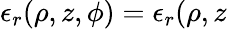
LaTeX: \epsilon_{r}(\rho,z,\phi)=\epsilon_{r}(\rho,z